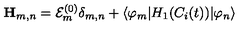
{ \bf H } _ { m , n } = { \cal E } _ { m } ^ { ( 0 ) } \delta _ { m , n } + \langle \varphi _ { m } | H _ { 1 } ( C _ { i } ( t ) ) | \varphi _ { n } \rangle